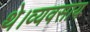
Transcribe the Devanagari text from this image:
थे।व्यवसाय